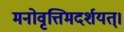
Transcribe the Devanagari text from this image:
मनोवृत्तिमदर्शयत्।